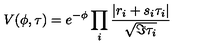
V ( \phi , \tau ) = e ^ { - \phi } \prod _ { i } \frac { | r _ { i } + s _ { i } \tau _ { i } | } { \sqrt { \Im \tau _ { i } } }